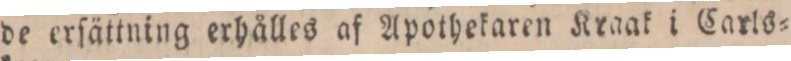
de erſättning erhålles af Apothekaren Kraak i Carls=